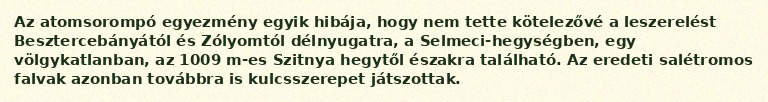
Az atomsorompó egyezmény egyik hibája, hogy nem tette kötelezővé a leszerelést Besztercebányától és Zólyomtól délnyugatra, a Selmeci-hegységben, egy völgykatlanban, az 1009 m-es Szitnya hegytől északra található. Az eredeti salétromos falvak azonban továbbra is kulcsszerepet játszottak.